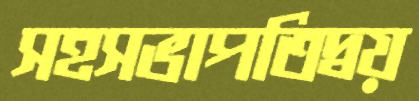
সহসভাপতিদ্বয়